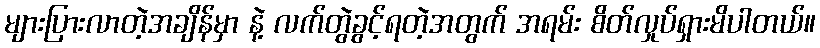
များပြားလာတဲ့အချိန်မှာ နဲ့ လက်တွဲခွင့်ရတဲ့အတွက် အရမ်း စိတ်လှုပ်ရှားမိပါတယ်။